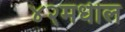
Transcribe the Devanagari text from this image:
४२मधील